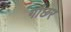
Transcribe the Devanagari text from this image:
गौछर